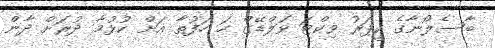
ބާސެލޯނާގެ ކީޕަރު ވިކްޓަ ވަލްޑޭޒް ހަ ހަފުތާ އަށް ކުޅުމާ ދުރަށް ދާން